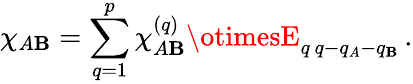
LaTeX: \chi_{A\mathbf{B}}=\sum_{q=1}^{p}\chi_{A\mathbf{B}}^{(q)}\otimesE_{q\, q-q_{A}-q_{\mathbf{B}}}\, .